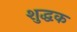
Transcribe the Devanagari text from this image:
शुद्धक